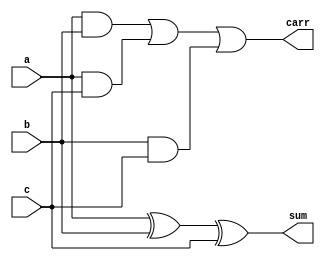
module fa( input a,b,c,
output sum,carr
 );
// assign {carr,sum}=a+b+c;
wire w1,w2,w3;
xor a1(sum,a,b,c);
and a2(w1,a,b),
a4 (w2,a,c),
a3 (w3,b,c);
or a5(carr,w1,w2,w3);


endmodule